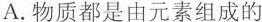
A.物质都是由元素组成的